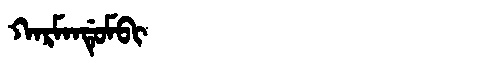
Manchu: ᡴᠠᡵᠮᠠᠨᡩᡠᠮᠪᡳ
Romanization: KARMANDUMBI